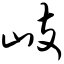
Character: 歧